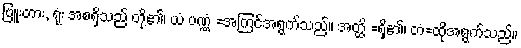
ဗြူးတား, ရုံး အစရှိသည် တို့၏၊ ယံ ပဏ္ဏံ =အကြင်အရွက်သည်။ အတ္ထိ =ရှိ၏၊ တံ=ထိုအရွက်သည်။